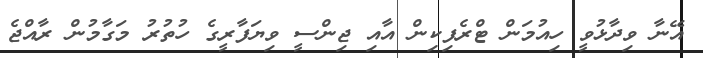
އޭނާ ވިދާޅުވީ ހިއުމަން ޓްރެފިކިން އާއި ޖިންސީ ވިޔަފާރީގެ ހުތުރު މަގާމުން ރާއްޖެ